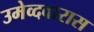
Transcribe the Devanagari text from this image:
उमेव्दवारास